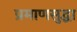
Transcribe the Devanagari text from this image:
प्रमाणसुद्धा